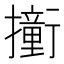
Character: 𫝿